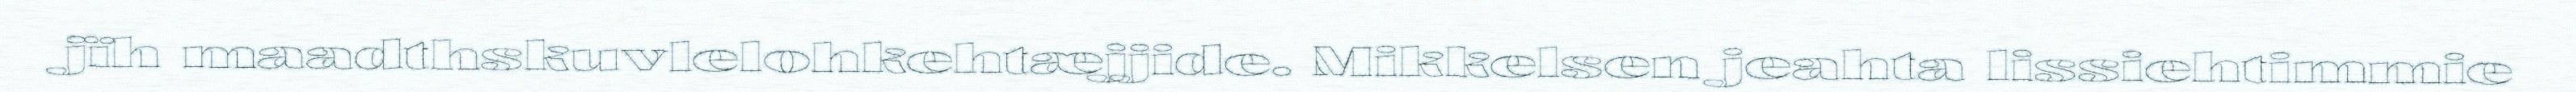
jïh maadthskuvlelohkehtæjjide. Mikkelsen jeahta lissiehtimmie